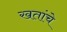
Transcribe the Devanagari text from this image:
खतांचे